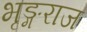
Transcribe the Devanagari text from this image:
भृङ्गराज